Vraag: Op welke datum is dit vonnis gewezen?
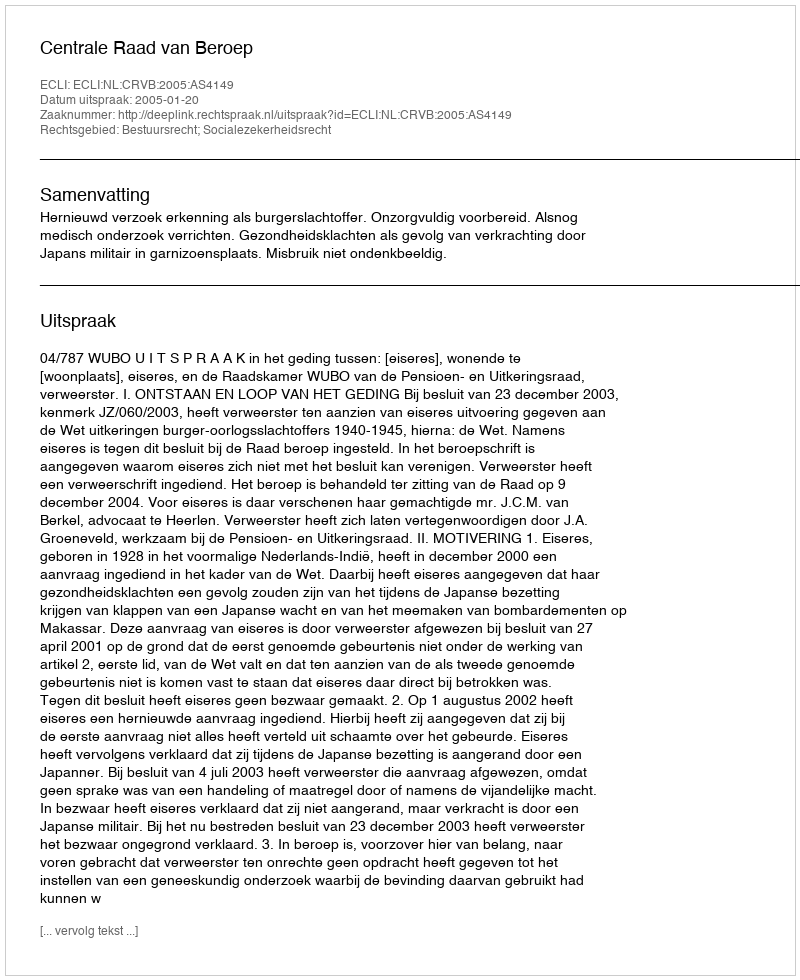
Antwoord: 2005-01-20